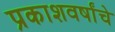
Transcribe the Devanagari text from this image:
प्रकाशवर्षांचे